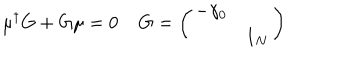
\mu ^ { \dagger } G + G \mu = 0 \; G = \left( \begin{array} { c c } { { - \gamma _ { 0 } } } & { { } } \\ { { } } & { { 1 _ { N } } } \\ \end{array} \right)